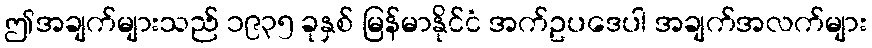
ဤအချက်များသည် ၁၉၃၅ ခုနှစ် မြန်မာနိုင်ငံ အက်ဥပဒေပါ အချက်အလက်များ